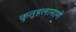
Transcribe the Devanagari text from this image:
कुतूहलामागे